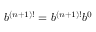
b ^ { ( n + 1 ) ! } = b ^ { ( n + 1 ) ! } b ^ { 0 }